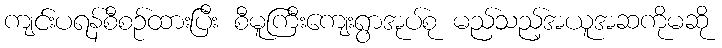
ကျင်းပရန်စီစဉ်ထားပြီး စီမူကြီးကျေးရွာအုပ်စု မည်သည့်အယူအဆကိုမဆို